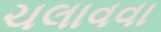
ચલાવવા